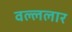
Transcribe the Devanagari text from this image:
वल्ललार